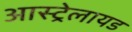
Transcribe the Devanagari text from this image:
आस्ट्रेलायड